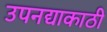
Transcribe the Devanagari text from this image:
उपनद्याकाठी